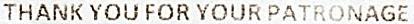
THANK YOU FOR YOUR PATRONAGE